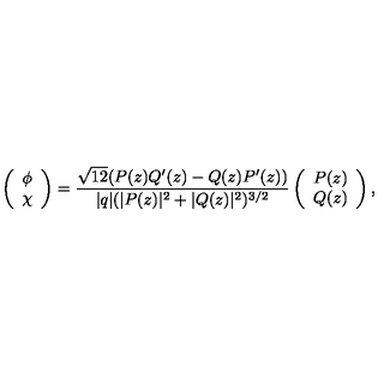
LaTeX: \left( \begin{array} { c } { \phi } \\ { \chi } \\ \end{array} \right) = \frac { \sqrt { 1 2 } ( P ( z ) Q ^ { \prime } ( z ) - Q ( z ) P ^ { \prime } ( z ) ) } { | q | ( | P ( z ) | ^ { 2 } + | Q ( z ) | ^ { 2 } ) ^ { 3 / 2 } } \left( \begin{array} { c } { P ( z ) } \\ { Q ( z ) } \\ \end{array} \right) ,